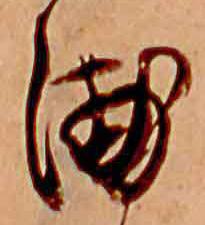
浦